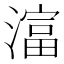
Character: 𪷛